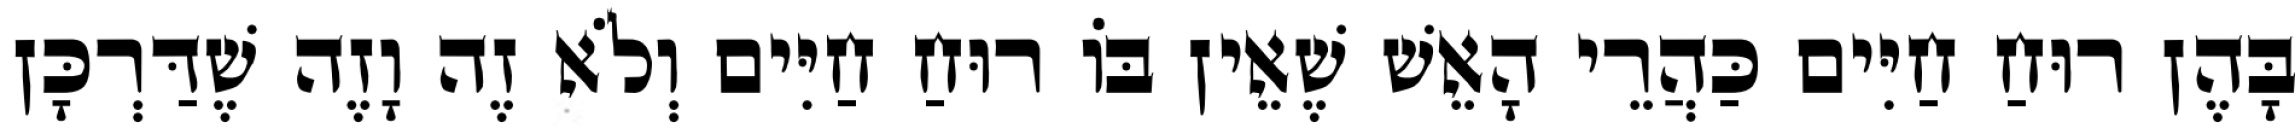
בָּהֶן רוּחַ חַיִּים כַּהֲרֵי הָאֵשׁ שֶׁאֵין בּוֹ רוּחַ חַיִּים וְלֹא זֶה וָזֶה שֶׁדַּרְכָּן